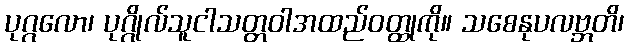
ပုဂ္ဂလော၊ ပုဂ္ဂိုလ်သူငါသတ္တဝါအထည်ဝတ္ထုကို။ သစေနုပလဗ္ဘတိ၊